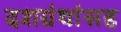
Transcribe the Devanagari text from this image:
दशग्रंथांसह